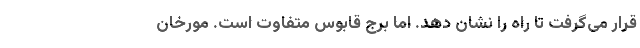
قرار می‌گرفت تا راه را نشان دهد. اما برج قابوس متفاوت است. مورخان